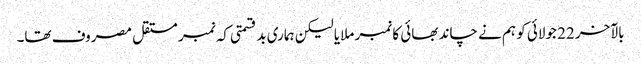
بالآخر 22 جولائی کو ہم نے چاند بھائی کا نمبر ملایا لیکن ہماری بدقسمتی کہ نمبر مستقل مصروف تھا۔